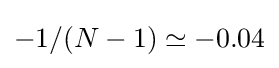
-1/(N-1)\simeq -0.04